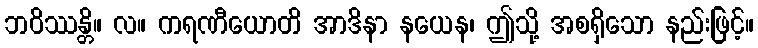
ဘဝိဿန္တိ။ လ။ ကရဏီယောတိ အာဒိနာ နယေန၊ ဤသို့ အစရှိသော နည်းဖြင့်။